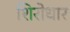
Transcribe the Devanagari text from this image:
शिरोधार